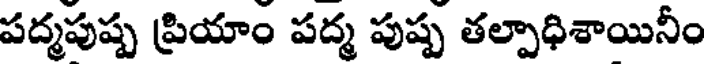
పద్మపుష్ప ప్రియాం పద్మ పుష్ప తల్పాధిశాయినీం